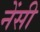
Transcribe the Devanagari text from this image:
नेंसी